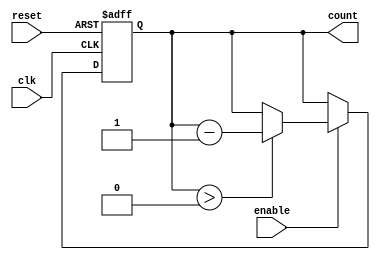
module down_counter (
    input wire clk,          // Clock signal
    input wire reset,        // Asynchronous reset signal
    input wire enable,       // Enable signal for counting down
    output reg [N-1:0] count // Current count value
);
    parameter N = 4; // Number of bits for the counter, adjust as needed
    localparam MAX_COUNT = (1 << N) - 1; // Maximum value for N-bit counter (N-1)

    // Asynchronous reset and counting logic
    always @(posedge clk or posedge reset) begin
        if (reset) begin
            count <= MAX_COUNT; // Reset counter to maximum value
        end else if (enable) begin
            if (count > 0) begin
                count <= count - 1; // Decrement counter
            end
            // If count is 0 and enable is high, it will hold at 0
            // To implement wrap-around behavior, uncomment the next line:
            // else if (count == 0) count <= MAX_COUNT; // Wrap-around to max
        end
        // If enable is low, count retains its value
    end

endmodule